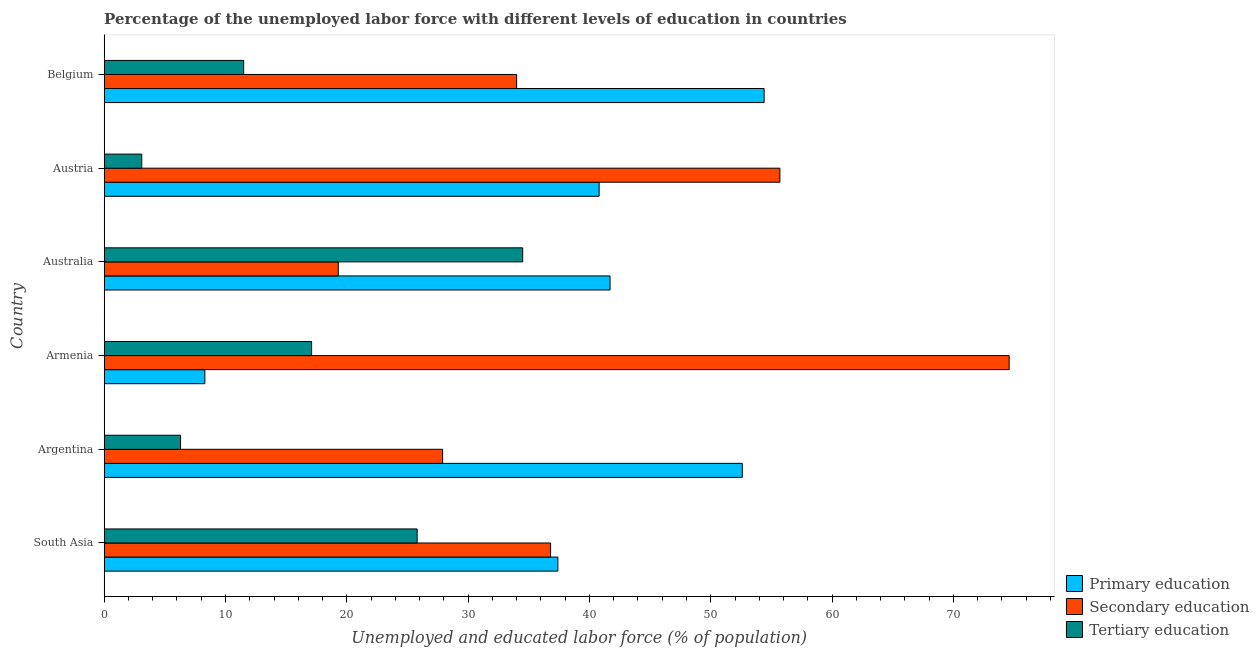
| Country | Primary education | Secondary education | Tertiary education |
 | --- | --- | --- | --- |
 | South Asia | 37.4 | 36.8 | 25.8 |
 | Argentina | 52.6 | 27.9 | 6.3 |
 | Armenia | 8.3 | 74.6 | 17.1 |
 | Australia | 41.7 | 19.3 | 34.5 |
 | Austria | 40.8 | 55.7 | 3.1 |
 | Belgium | 54.4 | 34 | 11.5 |